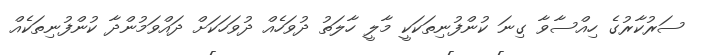
ސަރުކާރުގެ ހިއްސާވާ ގިނަ ކުންފުނިތަކަކީ މާލީ ހާލަތު ދުވަހެއް ދުވަހަކަށް ދައްވަމުންދާ ކުންފުނިތަކެއް